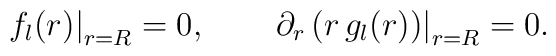
\left. f_l(r)\right|_{r=R}=0,\qquad  \left.\partial_r  \left(r\, g_l(r)\right)\right|_{r=R}=0.